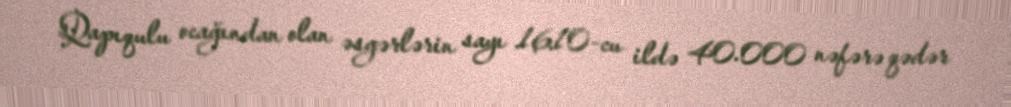
Qapıqulu ocağından olan əsgərlərin sayı 1610-cu ildə 40.000 nəfərə qədər